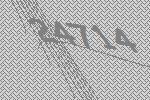
24714